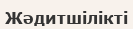
Жәдитшілікті